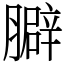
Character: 䑀